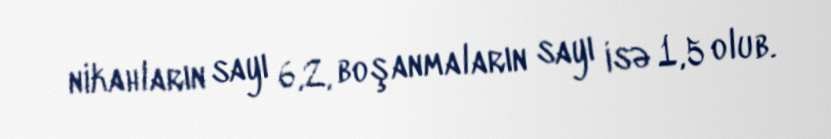
nikahların sayı 6,2, boşanmaların sayı isə 1,5 olub.